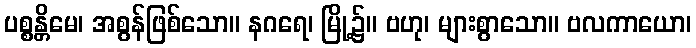
ပစ္စန္တိမေ၊ အစွန်ဖြစ်သော။ နဂရေ၊ မြို့၌။ ဗဟု၊ များစွာသော။ ဗလကာယော၊